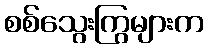
စစ်သွေးကြွများက